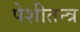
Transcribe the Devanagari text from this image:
पेशीतन्त्र